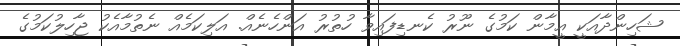
ޝަހިންދާއަކީ އީމާން ކަމުގެ ނޫރު ކެނޑިފައިވާ ހުތުރު އަންހެނެއް. އަލިކަމެއް ނެތުމާއެކު ޖާހިލުކަމުގެ